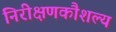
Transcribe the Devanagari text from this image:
निरीक्षणकौशल्य